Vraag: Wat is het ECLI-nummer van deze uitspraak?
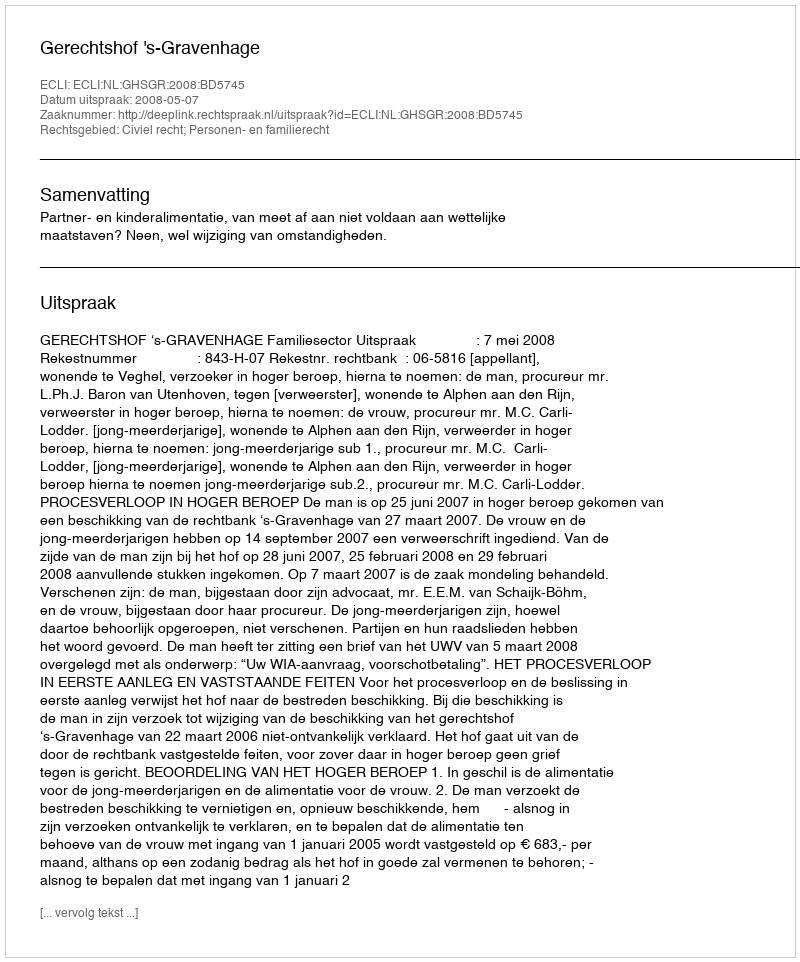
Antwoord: ECLI:NL:GHSGR:2008:BD5745